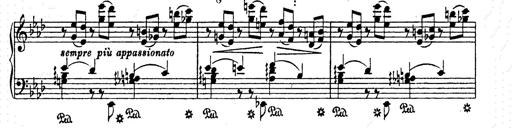
Title: AnnÃ©es de pÃ¨lerinage II
Composer: Franz Liszt